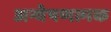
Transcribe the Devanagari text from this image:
अन्वेषणत्मक